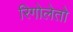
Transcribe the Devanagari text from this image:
रिगोलेतो